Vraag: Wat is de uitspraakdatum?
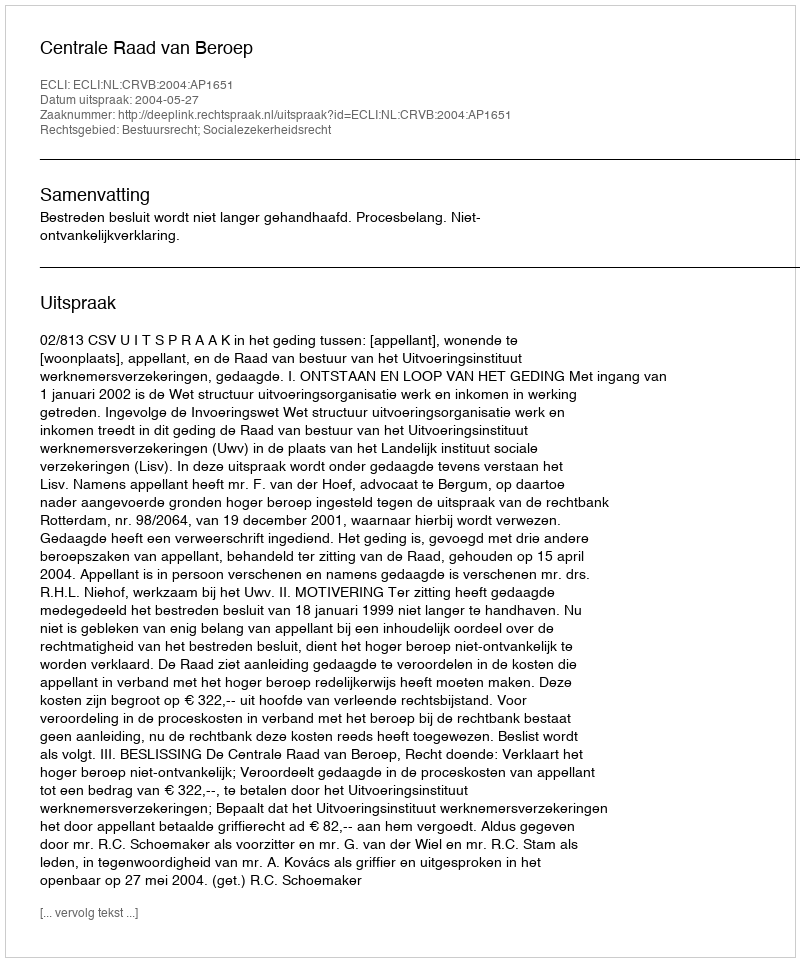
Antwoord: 2004-05-27